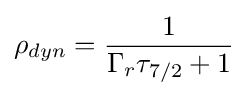
\rho _{dyn}={\frac {1}{\Gamma _{r}\tau _{7/2}+1}}